65_HS1-834228961_62-HQ-83894_Section_2
Agency: FBI
Page 61
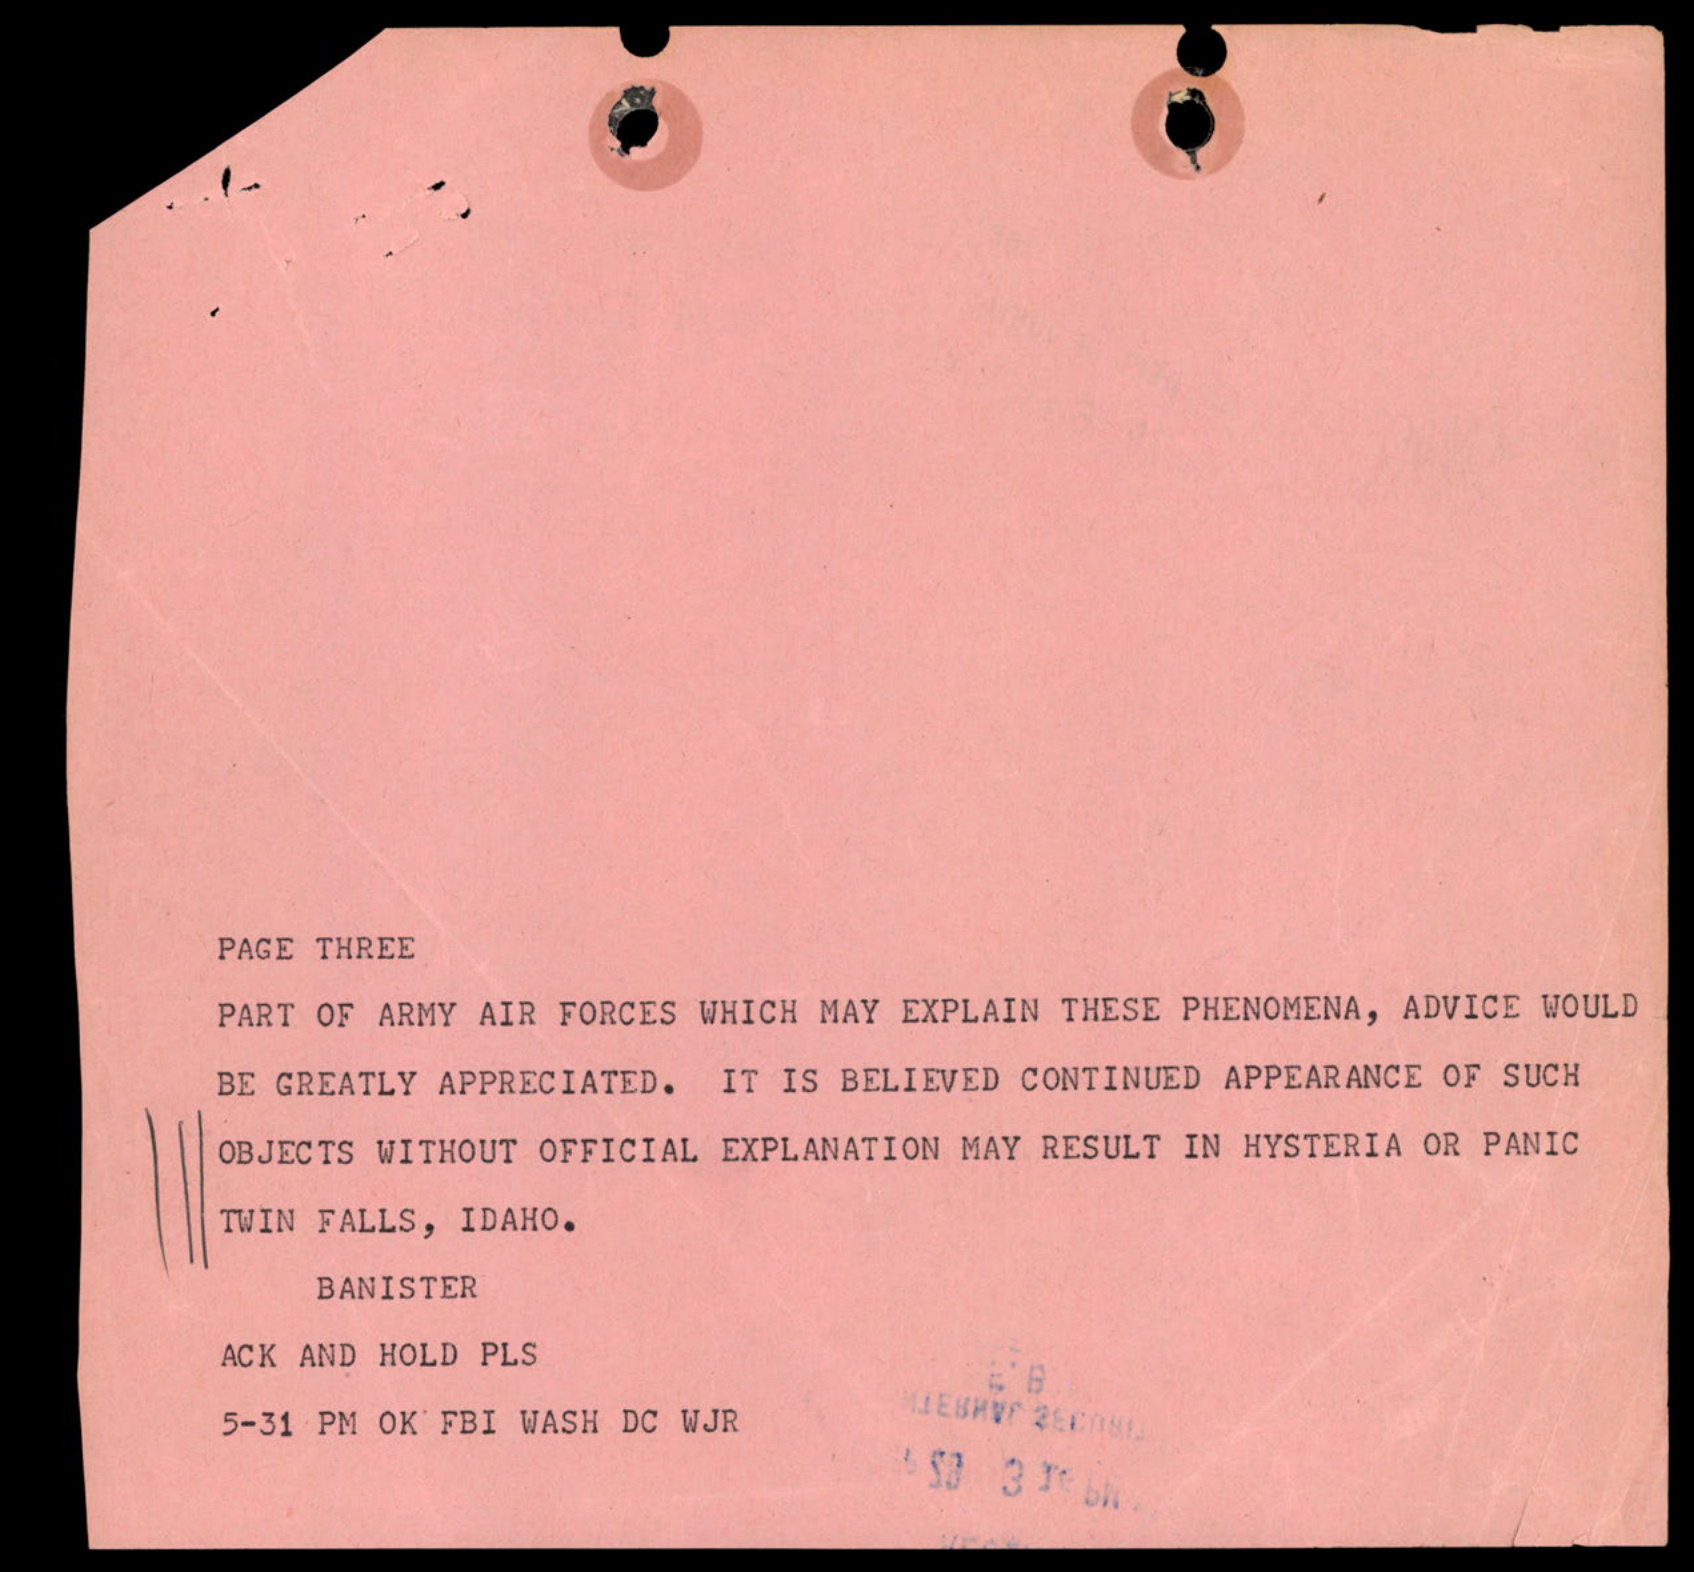